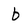
Character: b